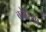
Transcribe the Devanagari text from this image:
बबेरिया